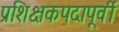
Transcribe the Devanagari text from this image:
प्रशिक्षकपदापूर्वी